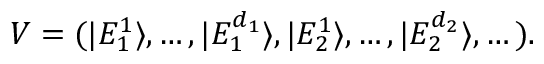
\begin{array} { r } { V = ( | E _ { 1 } ^ { 1 } \rangle , \dots , | E _ { 1 } ^ { d _ { 1 } } \rangle , | E _ { 2 } ^ { 1 } \rangle , \dots , | E _ { 2 } ^ { d _ { 2 } } \rangle , \dots ) . } \end{array}